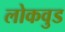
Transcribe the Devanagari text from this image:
लोकवुड